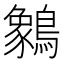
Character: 䴂